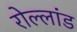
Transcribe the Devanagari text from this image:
रोल्लांड